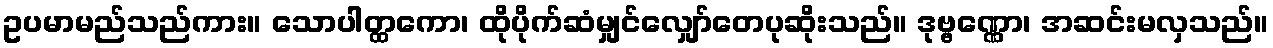
ဥပမာမည်သည်ကား။ သောပါတ္ထကော၊ ထိုပိုက်ဆံမျှင်လျှော်တေပုဆိုးသည်။ ဒုဗ္ဗဏ္ဏော၊ အဆင်းမလှသည်။